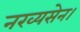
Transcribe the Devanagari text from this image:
नख्यसेन।